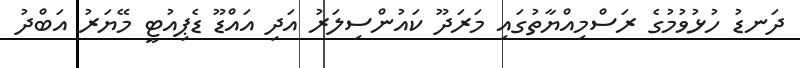
ދަނޑު ހުޅުވުމުގެ ރަސްމިއްޔާތުގައި މަރަދޫ ކައުންސިލަރު އަދި އައްޑޫ ޑެޕިއުޓީ މޭޔަރު އަބްދު